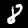
Digit: 8